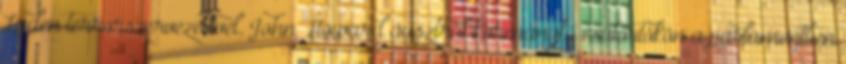
Laden terrorszervezetével. John Howard ausztrál kormányfő csütörtökön a parlamentben